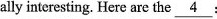
ally interesting. Here are the \underline { 4 }: